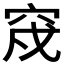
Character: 𥥰